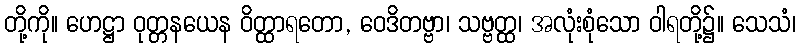
တို့ကို။ ဟေဋ္ဌာ ဝုတ္တနယေန ဝိတ္ထာရတော, ဝေဒိတဗ္ဗာ၊ သဗ္ဗတ္ထ၊ အလုံးစုံသော ဝါရတို့၌။ သေသံ၊